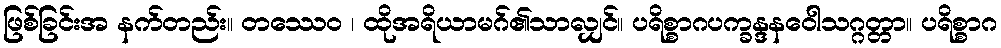
ဖြစ်ခြင်းအ နက်တည်း။ တဿေဝ ၊ ထိုအရိယာမဂ်၏သာလျှင်။ ပရိစ္စာဂပက္ခန္ဒနဝေါသဂ္ဂတ္တာ။ ပရိစ္စာဂ